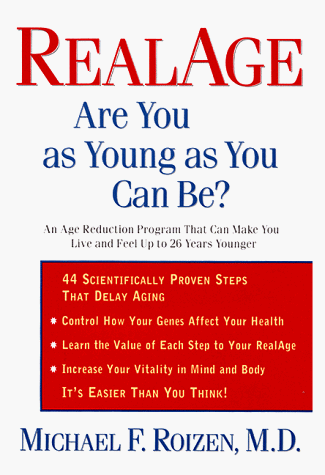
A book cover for RealAge: Are You as Young as You Can Be?; Michael F. Roizen  M.D.; Health, Fitness & Dieting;